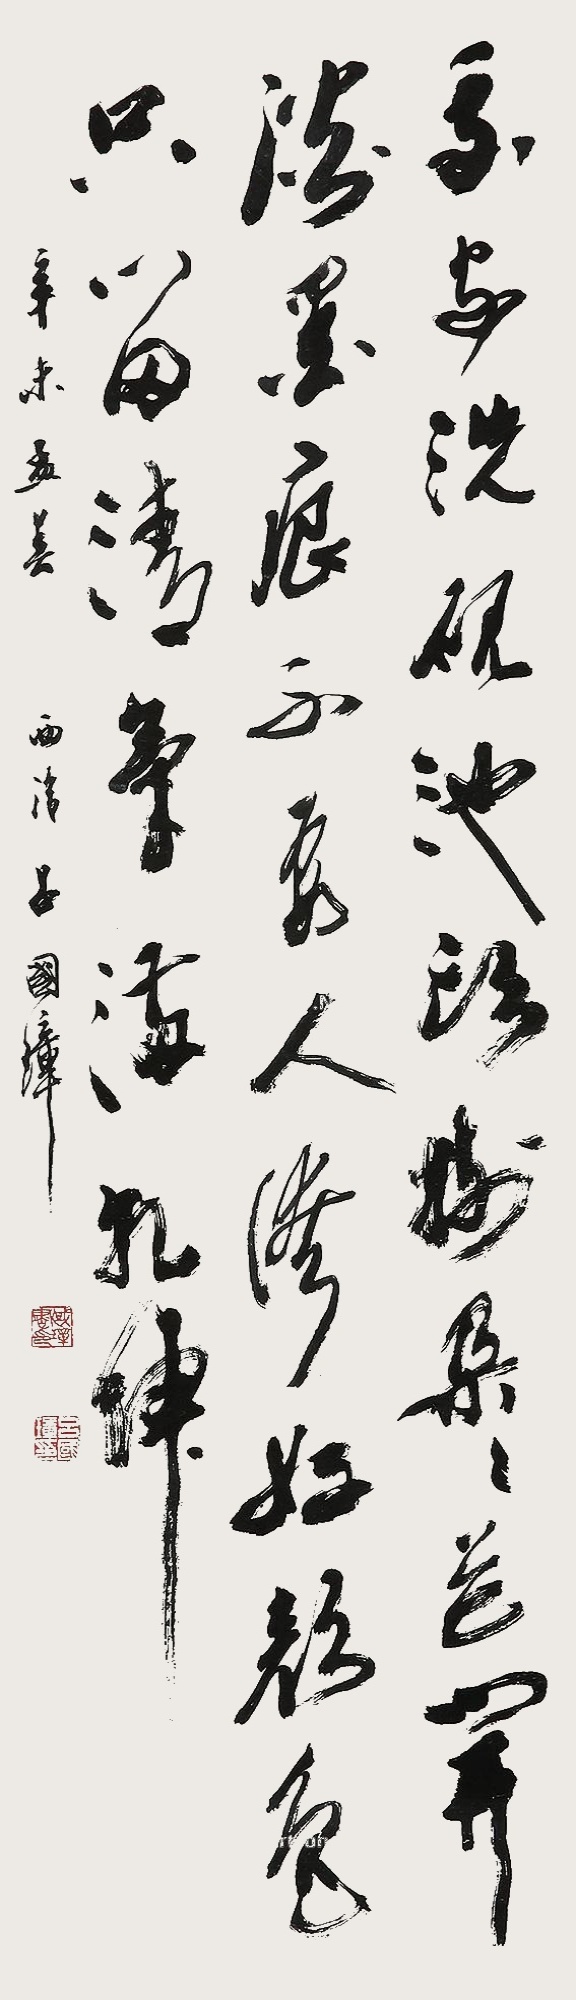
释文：我家洗砚池头树，朵朵花开淡墨痕。不要人夸好颜色，只留清气满乾坤。辛未孟春，西泠吕国璋。